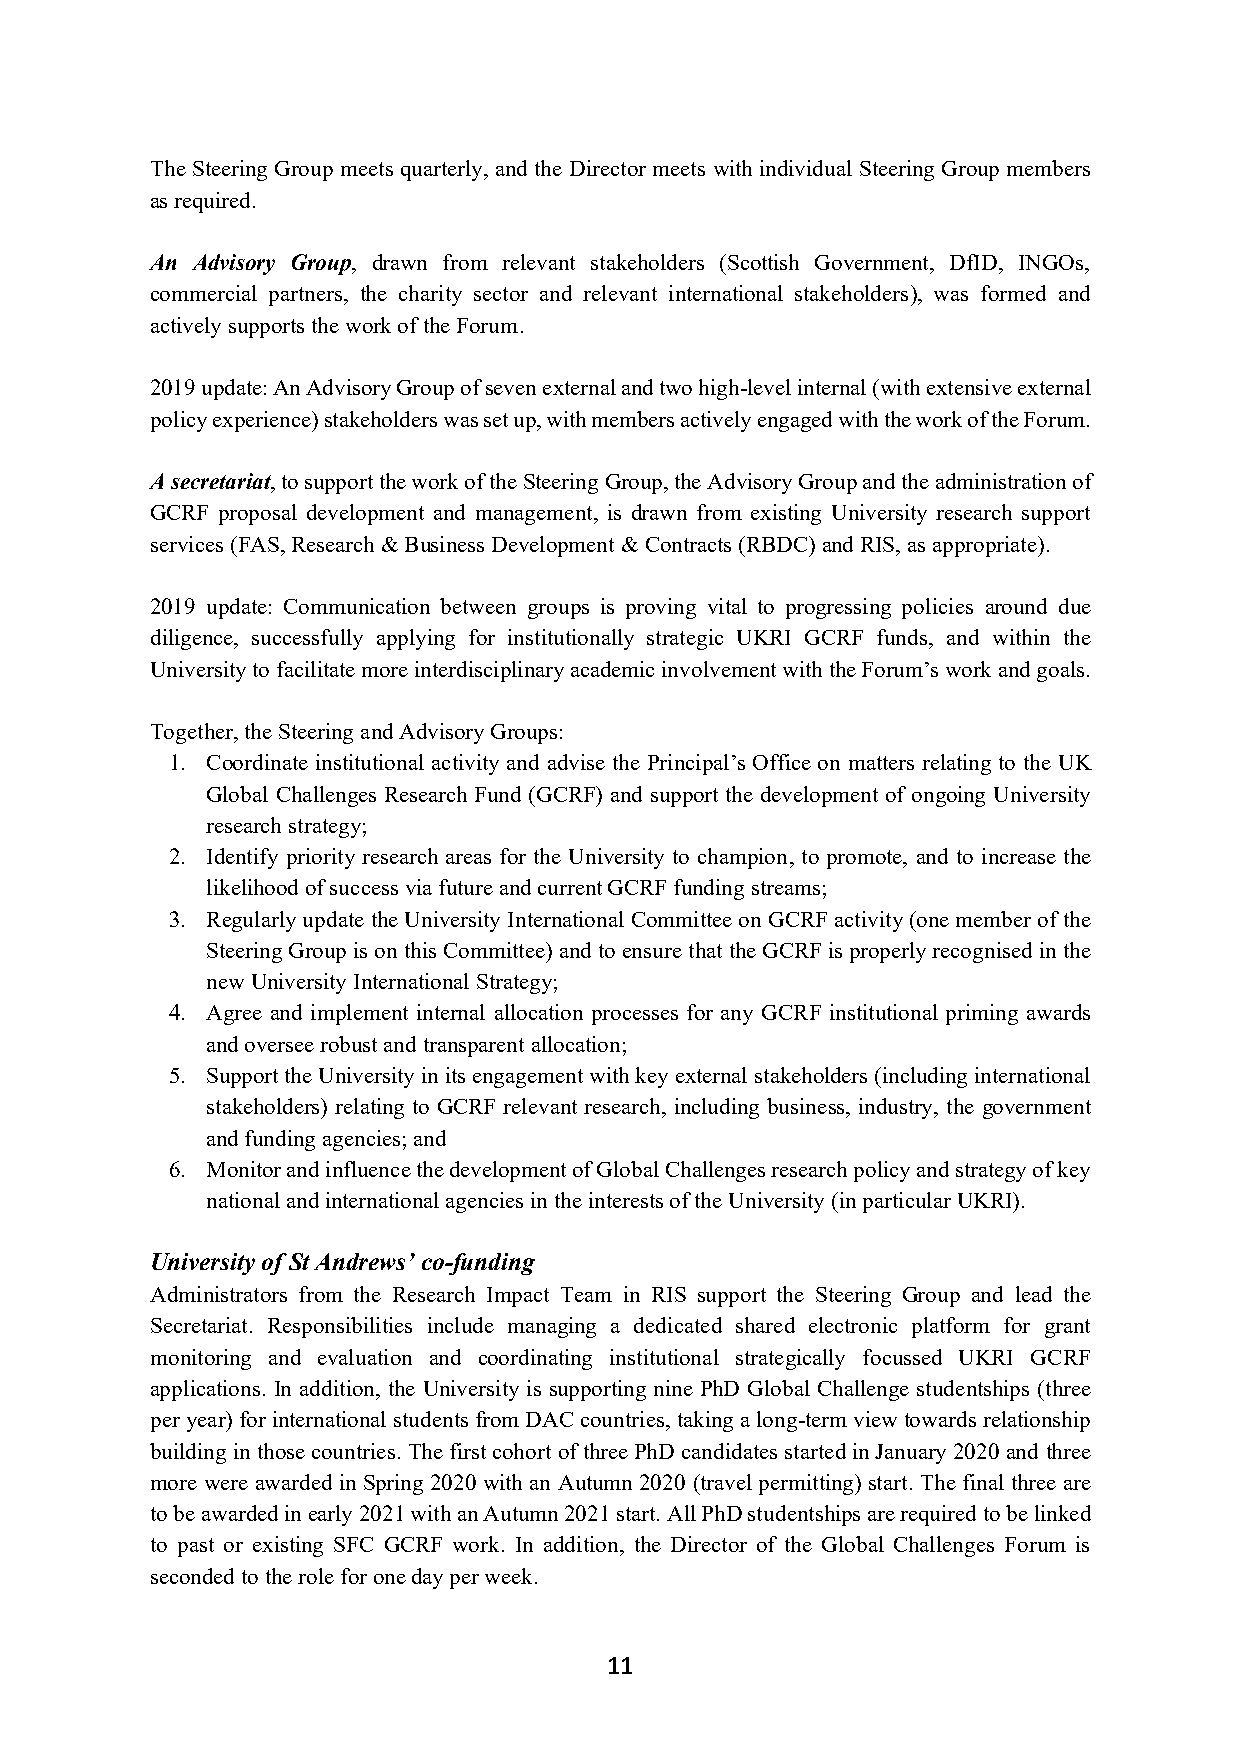
The Steering Group meets quarterly, and the Director meets with individual Steering Group members
 as required.
 An Advisory Group, drawn from relevant stakeholders (Scottish Government, DfID, INGOs,
 commercial partners, the charity sector and relevant international stakeholders), was formed and
 actively supports the work of the Forum.
 2019 update: An Advisory Group of seven external and two high-level internal (with extensive external
 policy experience) stakeholders was set up, with members actively engaged with the work of the Forum.
 A secretariat, to support the work of the Steering Group, the Advisory Group and the administration of
 GCRF proposal development and management, is drawn from existing University research support
 services (FAS, Research & Business Development & Contracts (RBDC) and RIS, as appropriate).
 2019 update: Communication between groups is proving vital to progressing policies around due
 diligence, successfully applying for institutionally strategic UKRI GCRF funds, and within the
 University to facilitate more interdisciplinary academic involvement with the Forum’s work and goals.
 Together, the Steering and Advisory Groups:
 1. Coordinate institutional activity and advise the Principal’s Office on matters relating to the UK
 Global Challenges Research Fund (GCRF) and support the development of ongoing University
 research strategy;
 2. Identify priority research areas for the University to champion, to promote, and to increase the
 likelihood of success via future and current GCRF funding streams;
 3. Regularly update the University International Committee on GCRF activity (one member of the
 Steering Group is on this Committee) and to ensure that the GCRF is properly recognised in the
 new University International Strategy;
 4. Agree and implement internal allocation processes for any GCRF institutional priming awards
 and oversee robust and transparent allocation;
 5. Support the University in its engagement with key external stakeholders (including international
 stakeholders) relating to GCRF relevant research, including business, industry, the government
 and funding agencies; and
 6. Monitor and influence the development of Global Challenges research policy and strategy of key
 national and international agencies in the interests of the University (in particular UKRI).
 University of St Andrews’ co-funding
 Administrators from the Research Impact Team in RIS support the Steering Group and lead the
 Secretariat. Responsibilities include managing a dedicated shared electronic platform for grant
 monitoring and evaluation and coordinating institutional strategically focussed UKRI GCRF
 applications. In addition, the University is supporting nine PhD Global Challenge studentships (three
 per year) for international students from DAC countries, taking a long-term view towards relationship
 building in those countries. The first cohort of three PhD candidates started in January 2020 and three
 more were awarded in Spring 2020 with an Autumn 2020 (travel permitting) start. The final three are
 to be awarded in early 2021 with an Autumn 2021 start. All PhD studentships are required to be linked
 to past or existing SFC GCRF work. In addition, the Director of the Global Challenges Forum is
 seconded to the role for one day per week.
 11